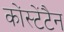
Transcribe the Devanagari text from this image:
कोंस्टेंटैन